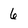
Character: 6